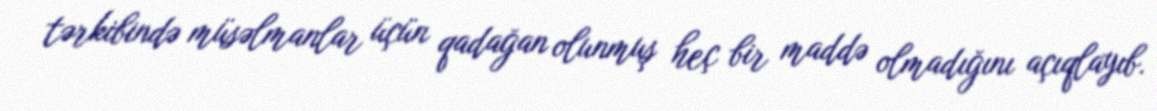
tərkibində müsəlmanlar üçün qadağan olunmuş heç bir maddə olmadığını açıqlayıb.